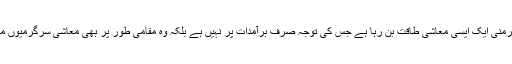
ماہرین کے مطابق جرمنی ایک ایسی معاشی طاقت بن رہا ہے جس کی توجہ صرف برآمدات پر نہیں ہے بلکہ وہ مقامی طور پر بھی معاشی سرگرمیوں میں اضافہ کر رہا ہے۔